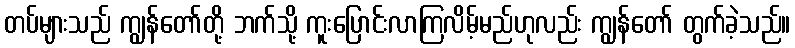
တပ်များသည် ကျွန်တော်တို့ ဘက်သို့ ကူးပြောင်းလာကြလိမ့်မည်ဟုလည်း ကျွန်တော် တွက်ခဲ့သည်။